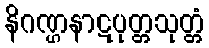
နိဂဏ္ဌနာဋပုတ္တသုတ္တံ